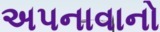
અપનાવાનો